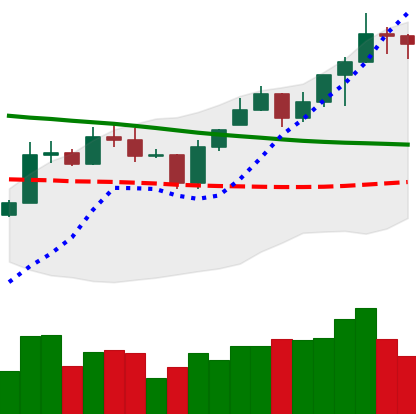
Ticker: ETC-USD
Chart end date: 2020-01-13
Forward return: 51.526%
Label: up_7plus